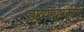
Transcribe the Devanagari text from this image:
डाव्याबाजूला